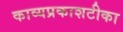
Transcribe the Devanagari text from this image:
काव्यप्रकाशटीका